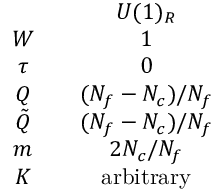
\begin{array} { c c c } { { } } & { { } } & { { U ( 1 ) _ { R } } } \\ { { W } } & { { } } & { { 1 } } \\ { { \tau } } & { { } } & { { 0 } } \\ { { Q } } & { { } } & { { ( N _ { f } - N _ { c } ) / N _ { f } } } \\ { { \tilde { Q } } } & { { } } & { { ( N _ { f } - N _ { c } ) / N _ { f } } } \\ { { m } } & { { } } & { { 2 N _ { c } / N _ { f } } } \\ { { K } } & { { } } & { { \mathrm { a r b i t r a r y } } } \end{array}